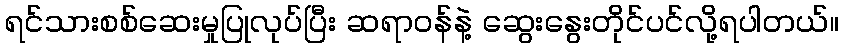
ရင်သားစစ်ဆေးမှုပြုလုပ်ပြီး ဆရာဝန်နဲ့ ဆွေးနွေးတိုင်ပင်လို့ရပါတယ်။